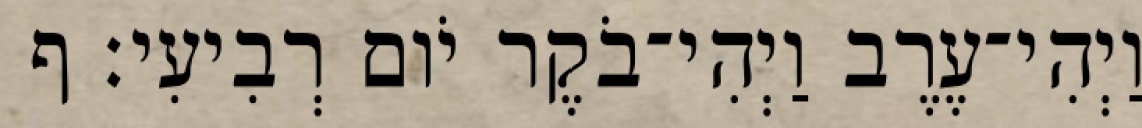
וַיְהִי־עֶרֶב וַיְהִי־בֹקֶר יֹום רְבִיעִי׃ ף